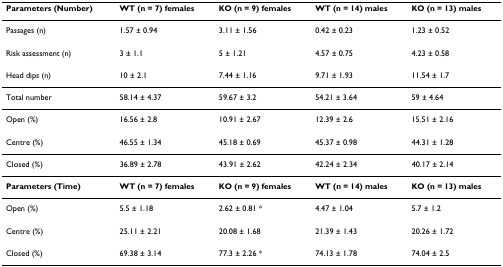
<table><thead><tr><td><b>Parameters (Number)</b></td><td><b>WT (n = 7) females</b></td><td><b>KO (n = 9) females</b></td><td><b>WT (n = 14) males</b></td><td><b>KO (n = 13) males</b></td></tr></thead><tbody><tr><td>Passages (n)</td><td>1.57 ± 0.94</td><td>3.11 ± 1.56</td><td>0.42 ± 0.23</td><td>1.23 ± 0.52</td></tr><tr><td>Risk assessment (n)</td><td>3 ± 1.1</td><td>5 ± 1.21</td><td>4.57 ± 0.75</td><td>4.23 ± 0.58</td></tr><tr><td>Head dips (n)</td><td>10 ± 2.1</td><td>7.44 ± 1.16</td><td>9.71 ± 1.93</td><td>11.54 ± 1.7</td></tr><tr><td>Total number</td><td>58.14 ± 4.37</td><td>59.67 ± 3.2</td><td>54.21 ± 3.64</td><td>59 ± 4.64</td></tr><tr><td>Open (%)</td><td>16.56 ± 2.8</td><td>10.91 ± 2.67</td><td>12.39 ± 2.6</td><td>15.51 ± 2.16</td></tr><tr><td>Centre (%)</td><td>46.55 ± 1.34</td><td>45.18 ± 0.69</td><td>45.37 ± 0.98</td><td>44.31 ± 1.28</td></tr><tr><td>Closed (%)</td><td>36.89 ± 2.78</td><td>43.91 ± 2.62</td><td>42.24 ± 2.34</td><td>40.17 ± 2.14</td></tr><tr><td><b>Parameters (Time)</b></td><td><b>WT (n = 7) females</b></td><td><b>KO (n = 9) females</b></td><td><b>WT (n = 14) males</b></td><td><b>KO (n = 13) males</b></td></tr><tr><td>Open (%)</td><td>5.5 ± 1.18</td><td>2.62 ± 0.81 *</td><td>4.47 ± 1.04</td><td>5.7 ± 1.2</td></tr><tr><td>Centre (%)</td><td>25.11 ± 2.21</td><td>20.08 ± 1.68</td><td>21.39 ± 1.43</td><td>20.26 ± 1.72</td></tr><tr><td>Closed (%)</td><td>69.38 ± 3.14</td><td>77.3 ± 2.26 *</td><td>74.13 ± 1.78</td><td>74.04 ± 2.5</td></tr></tbody></table>